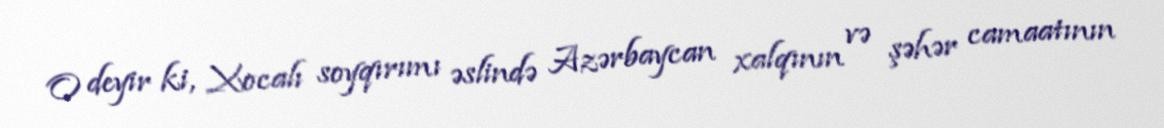
O deyir ki, Xocalı soyqırımı əslində Azərbaycan xalqının və şəhər camaatının